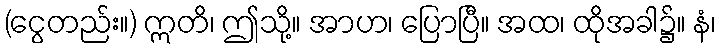
(ငွေတည်း။) ဣတိ၊ ဤသို့။ အာဟ၊ ပြောပြီ။ အထ၊ ထိုအခါ၌။ နံ၊